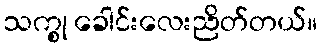
သက္စု ခေါင်းလေးညိတ်တယ်။